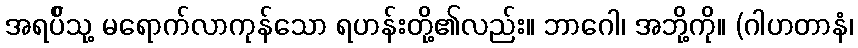
အရပ်ိသု့ မရောက်လာကုန်သော ရဟန်းတို့၏လည်း။ ဘာဂေါ၊ အဘို့ကို။ (ဂါဟတာနံ၊